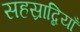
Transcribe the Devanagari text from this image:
सहस्राब्दियाँ